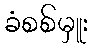
ခံစစ်မှူး